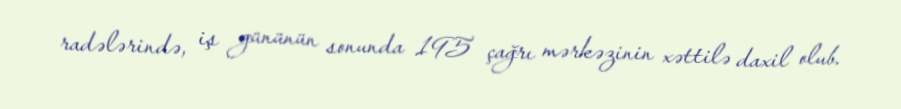
radələrində, iş gününün sonunda 195 çağrı mərkəzinin xəttilə daxil olub.